Palvere-Nikolai_(Ravila)_vallakohus, lk 3
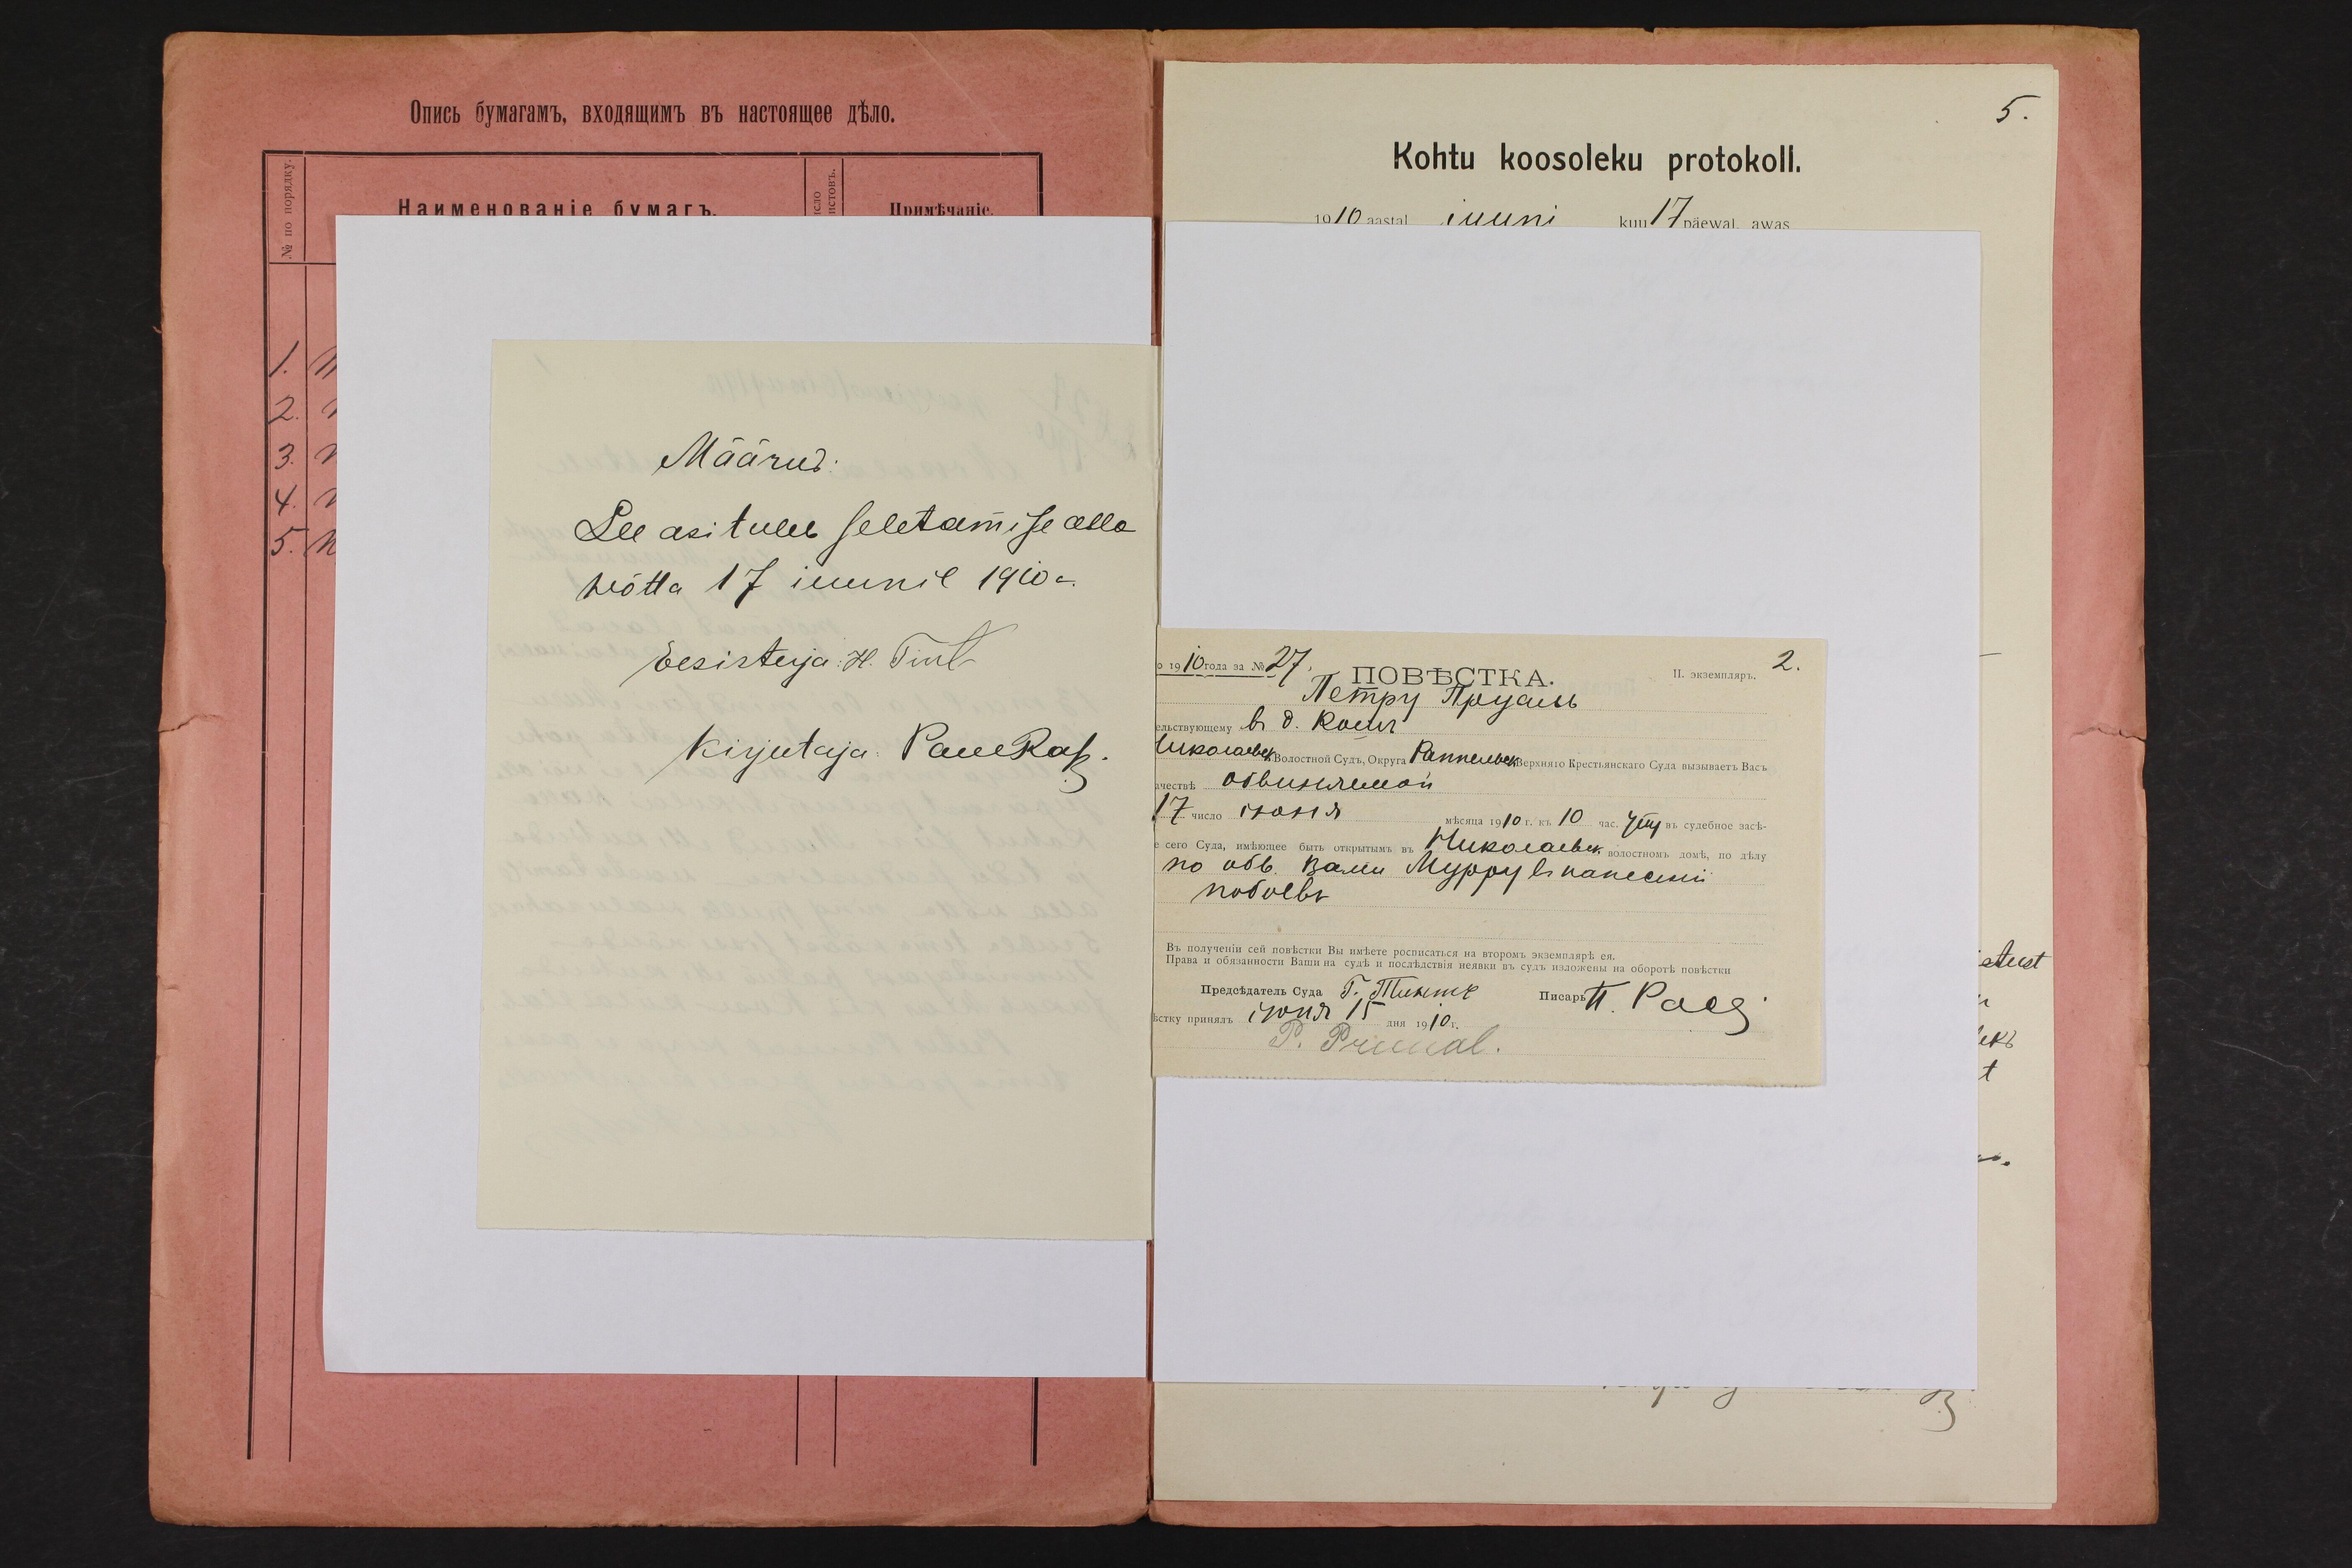
Määrus
See asi tuleb seletamise alla
wõtta 17 iuunil 1910a.
Eesistuja H. Tiul-
Kirjutaja: Pauekop.